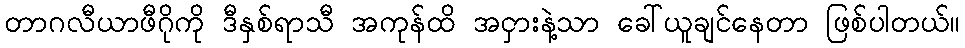
တာဂလီယာဖီဂိုကို ဒီနှစ်ရာသီ အကုန်ထိ အငှားနဲ့သာ ခေါ်ယူချင်နေတာ ဖြစ်ပါတယ်။